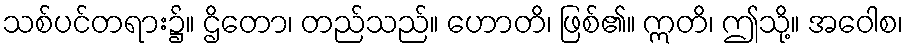
သစ်ပင်တရား၌။ ဌိတော၊ တည်သည်။ ဟောတိ၊ ဖြစ်၏။ ဣတိ၊ ဤသို့။ အဝေါစ၊